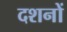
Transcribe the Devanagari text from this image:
दशनों